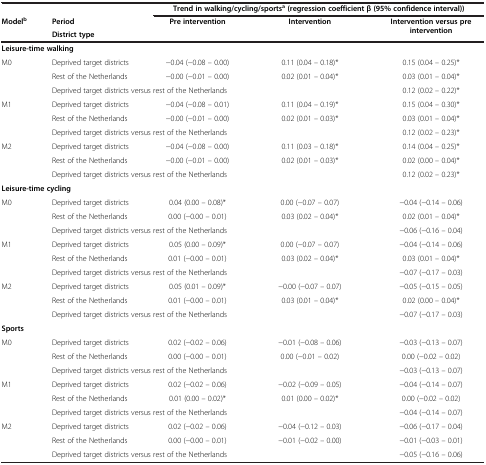
<table><thead><tr><td colspan="2"><b> </b></td><td colspan="3"><b>Trend in walking/cycling/sports<sup>a </sup>(regression coefficient β (95% confidence interval))</b></td></tr><tr><td><b>Model<sup>b</sup></b></td><td><b>Period</b></td><td><b>Pre intervention</b></td><td><b>Intervention</b></td><td><b>Intervention versus pre intervention</b></td></tr></thead><tbody><tr><td> </td><td><b>District type</b></td><td> </td><td> </td><td> </td></tr><tr><td colspan="2"><b>Leisure-time walking</b></td><td> </td><td> </td><td> </td></tr><tr><td>M0</td><td>Deprived target districts</td><td>−0.04 (−0.08 – 0.00)</td><td>0.11 (0.04 – 0.18)*</td><td>0.15 (0.04 – 0.25)*</td></tr><tr><td> </td><td>Rest of the Netherlands</td><td>−0.00 (−0.01 – 0.00)</td><td>0.02 (0.01 – 0.04)*</td><td>0.03 (0.01 – 0.04)*</td></tr><tr><td> </td><td colspan="3">Deprived target districts versus rest of the Netherlands</td><td>0.12 (0.02 – 0.22)*</td></tr><tr><td>M1</td><td>Deprived target districts</td><td>−0.04 (−0.08 – 0.01)</td><td>0.11 (0.04 – 0.19)*</td><td>0.15 (0.04 – 0.30)*</td></tr><tr><td> </td><td>Rest of the Netherlands</td><td>−0.00 (−0.01 – 0.00)</td><td>0.02 (0.01 – 0.03)*</td><td>0.03 (0.01 – 0.04)*</td></tr><tr><td> </td><td colspan="3">Deprived target districts versus rest of the Netherlands</td><td>0.12 (0.02 – 0.23)*</td></tr><tr><td rowspan="3">M2</td><td>Deprived target districts</td><td>−0.04 (−0.08 – 0.00)</td><td>0.11 (0.03 – 0.18)*</td><td>0.14 (0.04 – 0.25)*</td></tr><tr><td>Rest of the Netherlands</td><td>−0.00 (−0.01 – 0.00)</td><td>0.02 (0.01 – 0.03)*</td><td>0.02 (0.00 – 0.04)*</td></tr><tr><td colspan="3">Deprived target districts versus rest of the Netherlands</td><td>0.12 (0.02 – 0.23)*</td></tr><tr><td colspan="2"><b>Leisure-time cycling</b></td><td> </td><td> </td><td> </td></tr><tr><td>M0</td><td>Deprived target districts</td><td>0.04 (0.00 – 0.08)*</td><td>0.00 (−0.07 – 0.07)</td><td>−0.04 (−0.14 – 0.06)</td></tr><tr><td> </td><td>Rest of the Netherlands</td><td>0.00 (−0.00 – 0.01)</td><td>0.03 (0.02 – 0.04)*</td><td>0.02 (0.01 – 0.04)*</td></tr><tr><td> </td><td colspan="3">Deprived target districts versus rest of the Netherlands</td><td>−0.06 (−0.16 – 0.04)</td></tr><tr><td>M1</td><td>Deprived target districts</td><td>0.05 (0.00 – 0.09)*</td><td>0.00 (−0.07 – 0.07)</td><td>−0.04 (−0.14 – 0.06)</td></tr><tr><td> </td><td>Rest of the Netherlands</td><td>0.01 (−0.00 – 0.01)</td><td>0.03 (0.02 – 0.04)*</td><td>0.03 (0.01 – 0.04)*</td></tr><tr><td> </td><td colspan="3">Deprived target districts versus rest of the Netherlands</td><td>−0.07 (−0.17 – 0.03)</td></tr><tr><td rowspan="3">M2</td><td>Deprived target districts</td><td>0.05 (0.01 – 0.09)*</td><td>−0.00 (−0.07 – 0.07)</td><td>−0.05 (−0.15 – 0.05)</td></tr><tr><td>Rest of the Netherlands</td><td>0.01 (−0.00 – 0.01)</td><td>0.03 (0.01 – 0.04)*</td><td>0.02 (0.00 – 0.04)*</td></tr><tr><td colspan="3">Deprived target districts versus rest of the Netherlands</td><td>−0.07 (−0.17 – 0.03)</td></tr><tr><td colspan="2"><b>Sports</b></td><td> </td><td> </td><td> </td></tr><tr><td>M0</td><td>Deprived target districts</td><td>0.02 (−0.02 – 0.06)</td><td>−0.01 (−0.08 – 0.06)</td><td>−0.03 (−0.13 – 0.07)</td></tr><tr><td> </td><td>Rest of the Netherlands</td><td>0.00 (−0.00 – 0.01)</td><td>0.00 (−0.01 – 0.02)</td><td>0.00 (−0.02 – 0.02)</td></tr><tr><td> </td><td colspan="3">Deprived target districts versus rest of the Netherlands</td><td>−0.03 (−0.13 – 0.07)</td></tr><tr><td>M1</td><td>Deprived target districts</td><td>0.02 (−0.02 – 0.06)</td><td>−0.02 (−0.09 – 0.05)</td><td>−0.04 (−0.14 – 0.07)</td></tr><tr><td> </td><td>Rest of the Netherlands</td><td>0.01 (0.00 – 0.02)*</td><td>0.01 (0.00 – 0.02)*</td><td>0.00 (−0.02 – 0.02)</td></tr><tr><td> </td><td colspan="3">Deprived target districts versus rest of the Netherlands</td><td>−0.04 (−0.14 – 0.07)</td></tr><tr><td rowspan="3">M2</td><td>Deprived target districts</td><td>0.02 (−0.02 – 0.06)</td><td>−0.04 (−0.12 – 0.03)</td><td>−0.06 (−0.17 – 0.04)</td></tr><tr><td>Rest of the Netherlands</td><td>0.00 (−0.00 – 0.01)</td><td>−0.01 (−0.02 – 0.00)</td><td>−0.01 (−0.03 – 0.01)</td></tr><tr><td colspan="3">Deprived target districts versus rest of the Netherlands</td><td>−0.05 (−0.16 – 0.06)</td></tr></tbody></table>